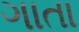
ગાતા